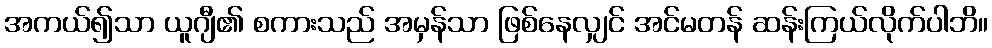
အကယ်၍သာ ယူဂျီ၏ စကားသည် အမှန်သာ ဖြစ်နေလျှင် အင်မတန် ဆန်းကြယ်လိုက်ပါဘိ။